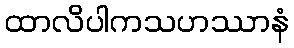
ထာလိပါကသဟဿာနံ